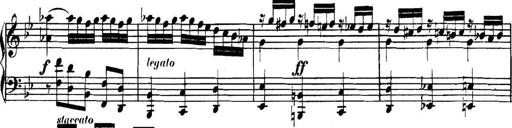
Title: Collected Piano Sonatas
Composer: Muzio Clementi